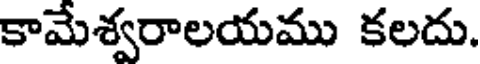
కామేశ్వరాలయము కలదు.